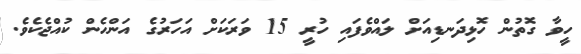
ހީވާ ގޮތުން ހޮޅިދަނޑިއަށް ލައްވެފައި ހުރީ 15 ވަރަކަށް އަހަރުގެ އަންހެން ކުއްޖެކެވެ.